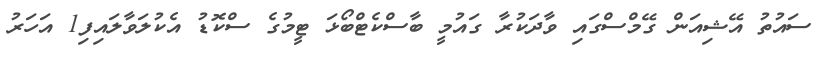
ސައުތު އޭޝިއަން ގޭމްސްގައި ވާދަކުރާ ގައުމީ ބާސްކެޓްބޯޅަ ޓީމުގެ ސްކޮޑު އެކުލަވާލައިފި1 އަހަރު